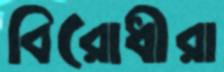
বিরোধীরা